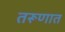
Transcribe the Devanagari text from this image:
तरूणात